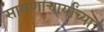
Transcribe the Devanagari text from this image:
सायणाचार्यांच्या